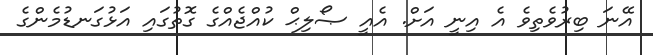
އޭނަ ބިރުވެތިވެ އެ އިނީ އަށް. އެއީ ޞޯލިޙް ކުއްޖެއްގެ ގޮތުގައި އަޅުގަނޑުމެންގެ